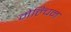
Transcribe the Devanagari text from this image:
मेल्चिन